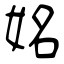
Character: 姳